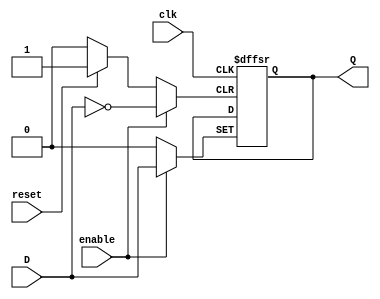


module FFD (input D,clk, reset,enable, output reg Q );

  always @ (posedge clk or posedge reset or posedge enable) begin

  if (reset )
    Q <= 0;
  else if (enable)
    Q <= D;
  end

endmodule //FDDE

module FFT (inout clk, reset, enable, output wire Q);

  wire D2;
	not(D2, Q);

	always @ ( posedge clk ) begin

	end
	FFD U2(clk, reset, enable, D, Q);
endmodule //FFT